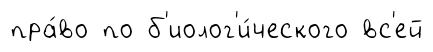
пра́во по б'иолог'и́ческого вс'ей